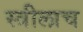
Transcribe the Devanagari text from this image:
स्त्रीलाच